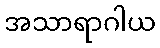
အသာရာဂါယ